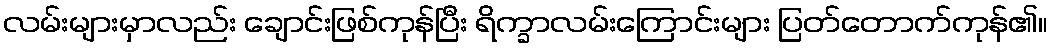
လမ်းများမှာလည်း ချောင်းဖြစ်ကုန်ပြီး ရိက္ခာလမ်းကြောင်းများ ပြတ်တောက်ကုန်၏။